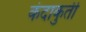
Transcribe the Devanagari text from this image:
कंदाकुर्ती